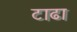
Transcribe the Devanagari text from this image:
टाढा